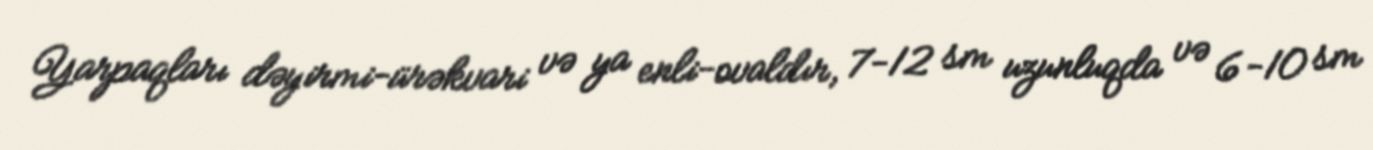
Yarpaqları dəyirmi-ürəkvari və ya enli-ovaldır, 7-12 sm uzunluqda və 6-10 sm